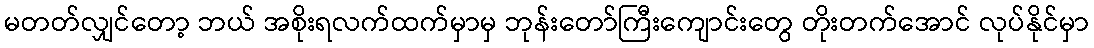
မတတ်လျှင်တော့ ဘယ် အစိုးရလက်ထက်မှာမှ ဘုန်းတော်ကြီးကျောင်းတွေ တိုးတက်အောင် လုပ်နိုင်မှာ